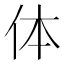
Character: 体